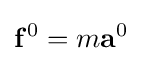
\mathbf {f} ^{0}=m\mathbf {a} ^{0}